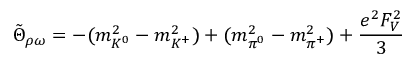
\tilde { \Theta } _ { \rho \omega } = - ( m _ { K ^ { 0 } } ^ { 2 } - m _ { K ^ { + } } ^ { 2 } ) + ( m _ { \pi ^ { 0 } } ^ { 2 } - m _ { \pi ^ { + } } ^ { 2 } ) + \frac { e ^ { 2 } F _ { V } ^ { 2 } } { 3 }